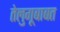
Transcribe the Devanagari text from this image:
तेलुगूबाबत